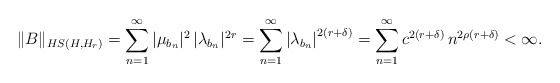
\begin{align*} \|B\|_{ HS( H, H_r ) } = \sum^\infty_{ n = 1 } |\mu_{b_n}|^2 \, |\lambda_{b_n}|^{2r} = \sum^\infty_{ n = 1 } \left| \lambda_{ b_n } \right|^{ 2 ( r + \delta ) } = \sum^\infty_{ n = 1 } c^{ 2( r + \delta ) } \, n^{ 2 \rho ( r + \delta ) } < \infty .\end{align*}